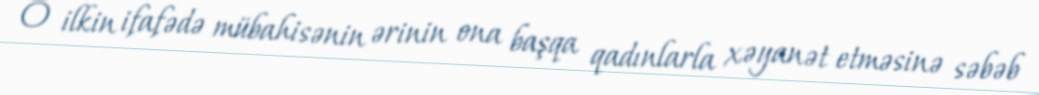
O ilkin ifafədə mübahisənin ərinin ona başqa qadınlarla xəyanət etməsinə səbəb